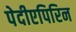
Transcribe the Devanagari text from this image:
पेदीएपिरिन